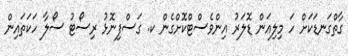
ގާތްގަނޑަކަށް ހަ މިލިއަން ޑޮލަރު އިންވެސްޓްކޮށްގެން ކ. ގަސްފިނޮޅު ރިސޯޓު ސޯލާ ހަކަތައިން